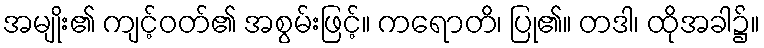
အမျိုး၏ ကျင့်ဝတ်၏ အစွမ်းဖြင့်။ ကရောတိ၊ ပြု၏။ တဒါ၊ ထိုအခါ၌။